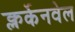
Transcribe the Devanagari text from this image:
क्लर्केनवेल